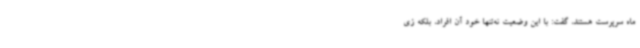
ماه سرپرست هستند، گفت: با این وضعیت نه‌تنها خود آن افراد، بلکه زی